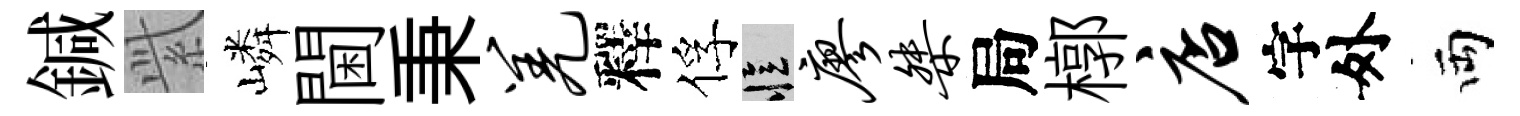
鍼𬗋嶙閫秉羌釋俘忆廖桀局槨店字外両